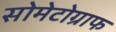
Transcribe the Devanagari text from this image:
सोमेटोग्राफ